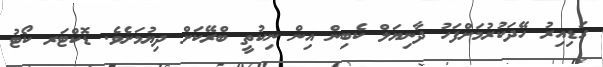
ގަޑިއިރު ހޭދަކުރުމަށްފަހު ދާނިޔަލް ކެބިން އިން ނިކުތީ ބްރޭކަށް ދިޔުމަށެވެ. ޑޮކްޓަރ ކޯޓު